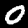
Label: 0